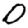
Digit: 0